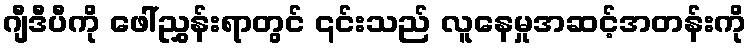
ဂျီဒီပီကို ဖေါ်ညွှန်းရာတွင် ၎င်းသည် လူနေမှုအဆင့်အတန်းကို